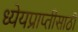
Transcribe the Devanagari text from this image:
ध्येयप्राप्तीसाठी